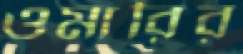
ওমারির